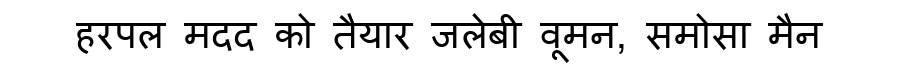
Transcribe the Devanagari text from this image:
हरपल मदद को तैयार जलेबी वूमन, समोसा मैन